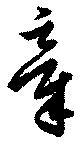
章